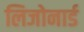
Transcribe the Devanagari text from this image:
लिजोनार्ड